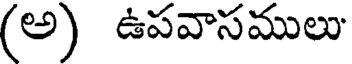
(అ) ఉపవాసములు